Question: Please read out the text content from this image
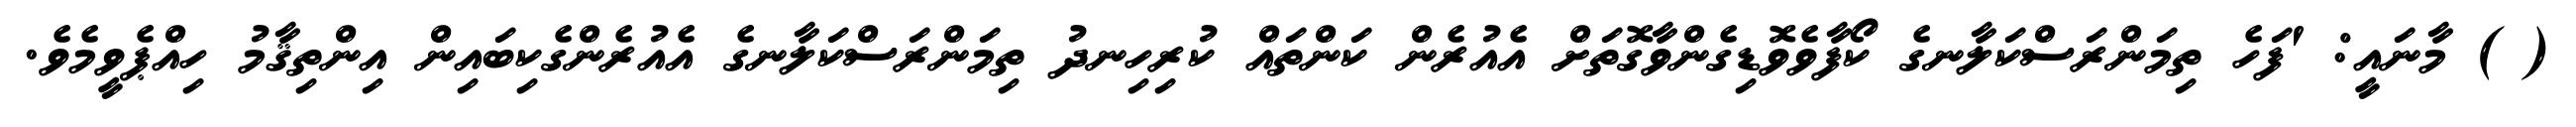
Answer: ( ) މާނައީ: 'ފަހެ ތިމަންރަސްކަލާނގެ ކޯފާވެވޮޑިގެންވާގޮތަށް އެއުރެން ކަންތައް ކުރިހިނދު ތިމަންރަސްކަލާނގެ އެއުރެންގެކިބައިން އިންތިޤާމު ހިއްޕެވީމެވެ.